Leaving Certificate Examination (including Day School Certificate (Higher) General paper), 1926
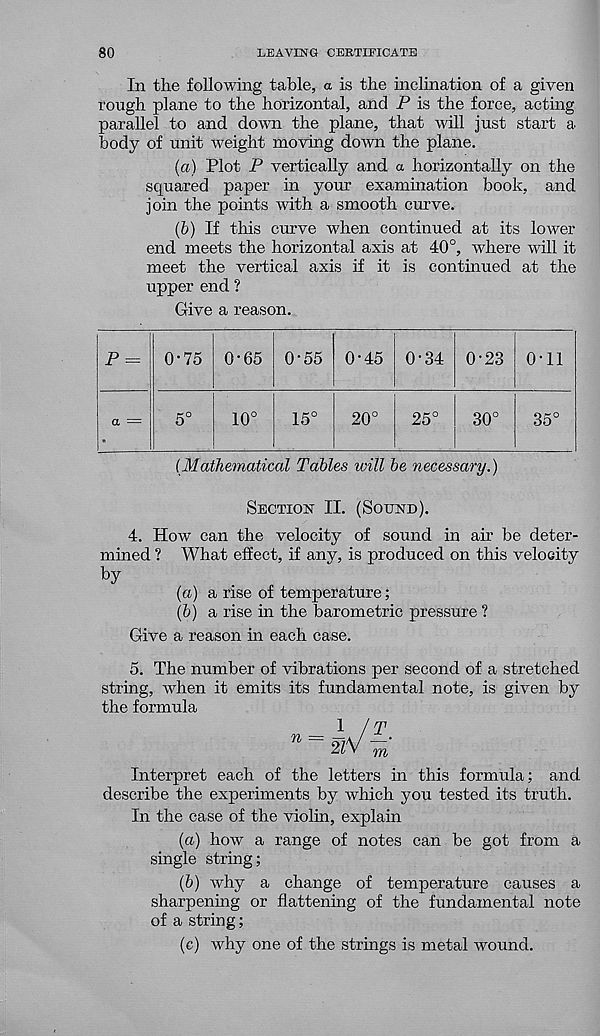
80
LEAVING CERTIFICATE
In the following table, a is the inclination of a given
rough plane to the horizontal, and P is the force, acting
parallel to and down the plane, that will just start a
body of unit weight moving down the plane.
(а) Plot P vertically and a horizontally on the
squared paper in your examination book, and
join the points with a smooth curve.
(б) If this curve when continued at its lower
end meets the horizontal axis at 40°, where will it
meet the vertical axis if it is continued at the
upper end ?
Give a reason.
P = 0-75 0-65 0-55 0-45 0-34 0-23 0-11
10°
15°
20°
25°
30°
35°
{Mathematical Tables will be necessary.)
Section II. (Sound).
4. How can the velocity of sound in air be deter-
mined ? What effect, if any, is produced on this velocity
by
(a) a rise of temperature;
(b) a rise in the barometric pressure ?
Give a reason in each case.
5. The number of vibrations per second of a stretched
string, when it emits its fundamental note, is given by
the formula
Interpret each of the letters in this formula; and
describe the experiments by which you tested its truth.
In the case of the violin, explain
(а) how a range of notes can be got from a
single string;
(б) why a change of temperature causes a
sharpening or flattening of the fundamental note
of a string;
(c) why one of the strings is metal wound.